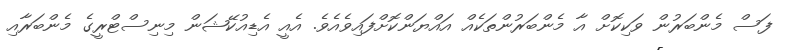
ފަސް މެންބަރުން ވަކިކޮށް އާ މެންބަރުންތަކެއް އައްޔަންކޮށްފައިވެއެވެ. އެއީ އެޑިއުކޭޝަން މިނިސްޓްރީގެ މެންބަރާއި